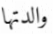
والدتها